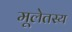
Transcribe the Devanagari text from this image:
मूलेतस्य